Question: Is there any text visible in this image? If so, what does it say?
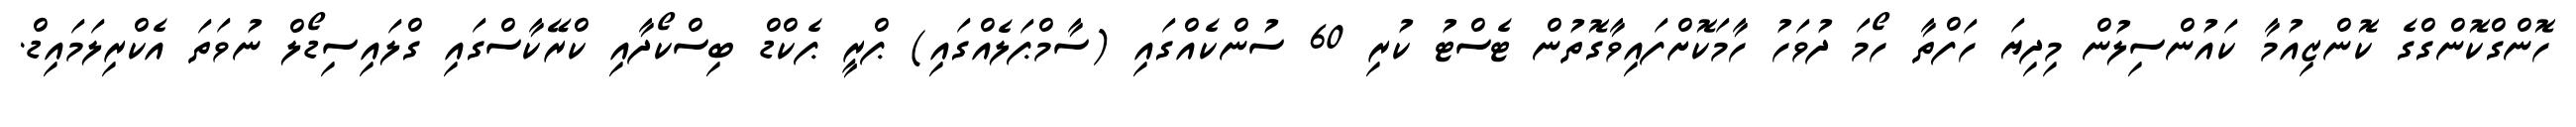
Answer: ހޮންގްކޮންގްގެ ކޮންޒިއުމާ ކައުންސިލުން މިދިޔަ ހަފްތާ ހޯމަ ދުވަހު ހާމަކޮށްފައިވާގޮތުން ޓެސްޓު ކުރި 60 ސުންކެއްގައި (ސާމްޕަލެއްގައި) ޕްރީ ޕެކްޑް ބިސްކޯދާއި ކްރޭކާސްގައި ގްލައިސިޑޯލް ނުވަތަ އެކްރިލަމައިޑް.